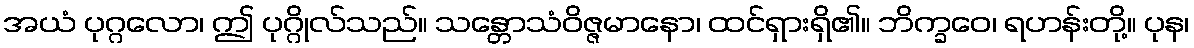
အယံ ပုဂ္ဂလော၊ ဤ ပုဂ္ဂိုလ်သည်။ သန္တောသံဝိဇ္ဇမာနော၊ ထင်ရှားရှိ၏။ ဘိက္ခဝေ၊ ရဟန်းတို့။ ပုန၊